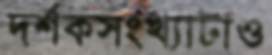
দর্শকসংখ্যাটাও